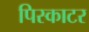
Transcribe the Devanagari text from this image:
पिस्काटर